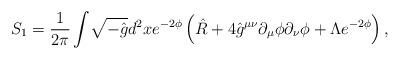
LaTeX: \begin{align*}S_{1}=\frac{1}{2\pi}\int\! \sqrt{-\hat{g}} d^{2}x e^{-2\phi}\left(\hat{R}+4\hat{g}^{\mu\nu} \partial_{\mu}\phi\partial_{\nu}\phi +\Lambda e^{-2\phi}\right),\end{align*}